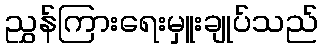
ညွှန်ကြားရေးမှူးချုပ်သည်